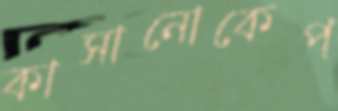
কাসানোকেপ্